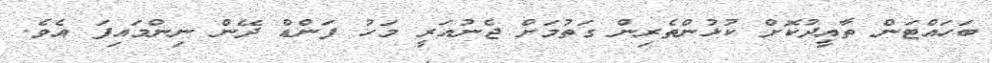
ބަހައްޓަން ތާއީދުކޮށް ކުޅުންތެރިން ގަތުމަށް ޖެނުއަރީ މަހު ފަންޑް ދޭން ނިންމައިފަ އެވެ.